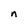
Character: n